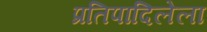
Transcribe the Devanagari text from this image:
प्रतिपादिलेला